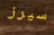
سيرز